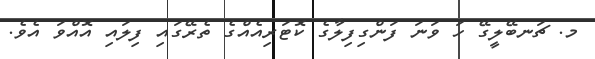
މ. ޗަނބޭލީގޭ ހަ ވަނަ ފަންގިފިލާގެ ކޮޓަރިއެއްގެ ތެރޭގައި ފިލައި އޮއްވަ އެވެ.